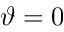
\vartheta = 0